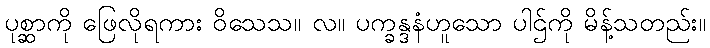
ပုစ္ဆာကို ဖြေလိုရကား ဝိသေသ။ လ။ ပက္ခန္ဒနံဟူသော ပါဌ်ကို မိန့်သတည်း။